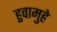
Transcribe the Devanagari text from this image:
हुवामुहे